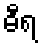
ဓီရ